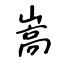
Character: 嵩